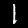
Digit: 1